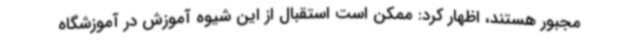
مجبور هستند، اظهار کرد: ممکن است استقبال از این شیوه آموزش در آموزشگاه